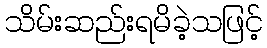
သိမ်းဆည်းရမိခဲ့သဖြင့်